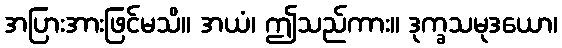
အပြားအားဖြင်မသိ။ အယံ၊ ဤသည်ကား။ ဒုက္ခသမုဒယော၊